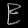
Digit: ၉